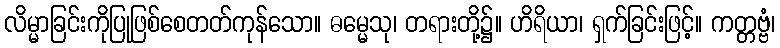
လိမ္မာခြင်းကိုပြုဖြစ်စေတတ်ကုန်သော။ ဓမ္မေသု၊ တရားတို့၌။ ဟိရိယာ၊ ရှက်ခြင်းဖြင့်။ ကတ္တဗ္ဗံ၊